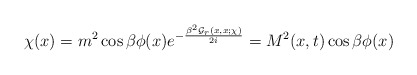
\begin{align*}\chi(x) = m^2 \cos \beta \phi(x) e^{-\frac{\beta^2 {\cal G}_r(x,x;\chi)}{2i}} = M^2(x,t) \cos \beta \phi(x) \end{align*}